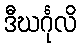
ဒီဃင်္ဂုလိ